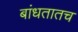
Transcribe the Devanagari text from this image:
बांधतातच